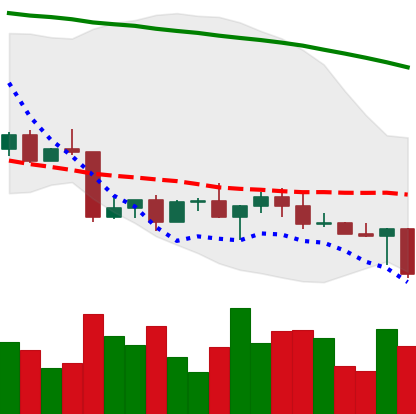
Ticker: LINK-USD
Chart end date: 2022-04-26
Forward return: -8.439%
Label: down_7plus